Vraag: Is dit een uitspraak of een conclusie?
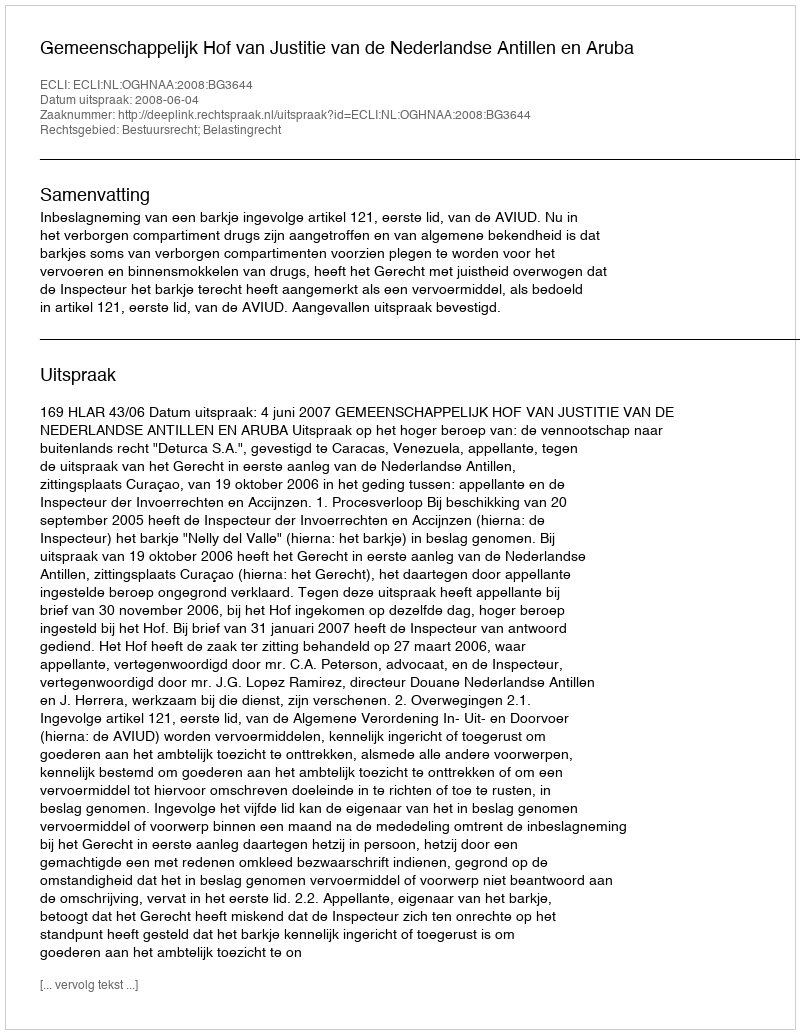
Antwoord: Uitspraak